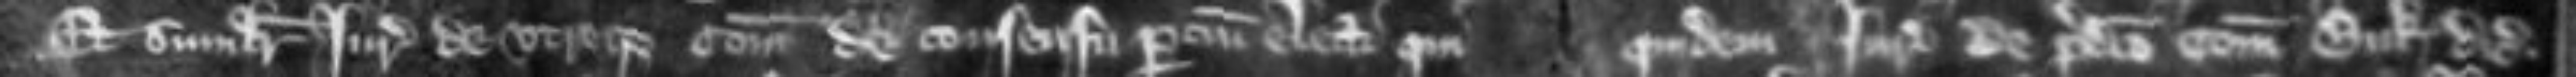
Et similiter jurate de utroque comitatu de consensu pertinenciis electe que quidem jurata predicto comitatu Buk dicit